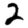
Digit: 2